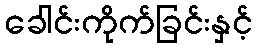
ခေါင်းကိုက်ခြင်းနှင့်